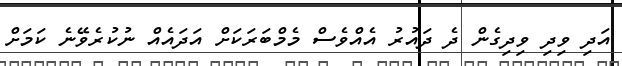
އަދި ވިދި ވިދިގެން ދެ ދައުރު އެއްވެސް މެމްބަރަކަށް އަދައެއް ނުކުރެވޭނެ ކަމަށް